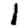
Digit: 1